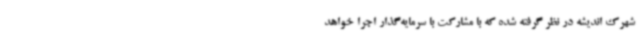
شهرک اندیشه در نظر گرفته شده که با مشارکت با سرمایه‌گذار اجرا خواهد